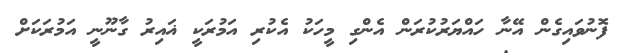
ފޮނުވައިގެން އޭނާ ހައްޔަރުކުރަން އެންގި މީހަކު އެކުރި އަމުރަކީ ޣައިރު ގާނޫނީ އަމުރަކަށް